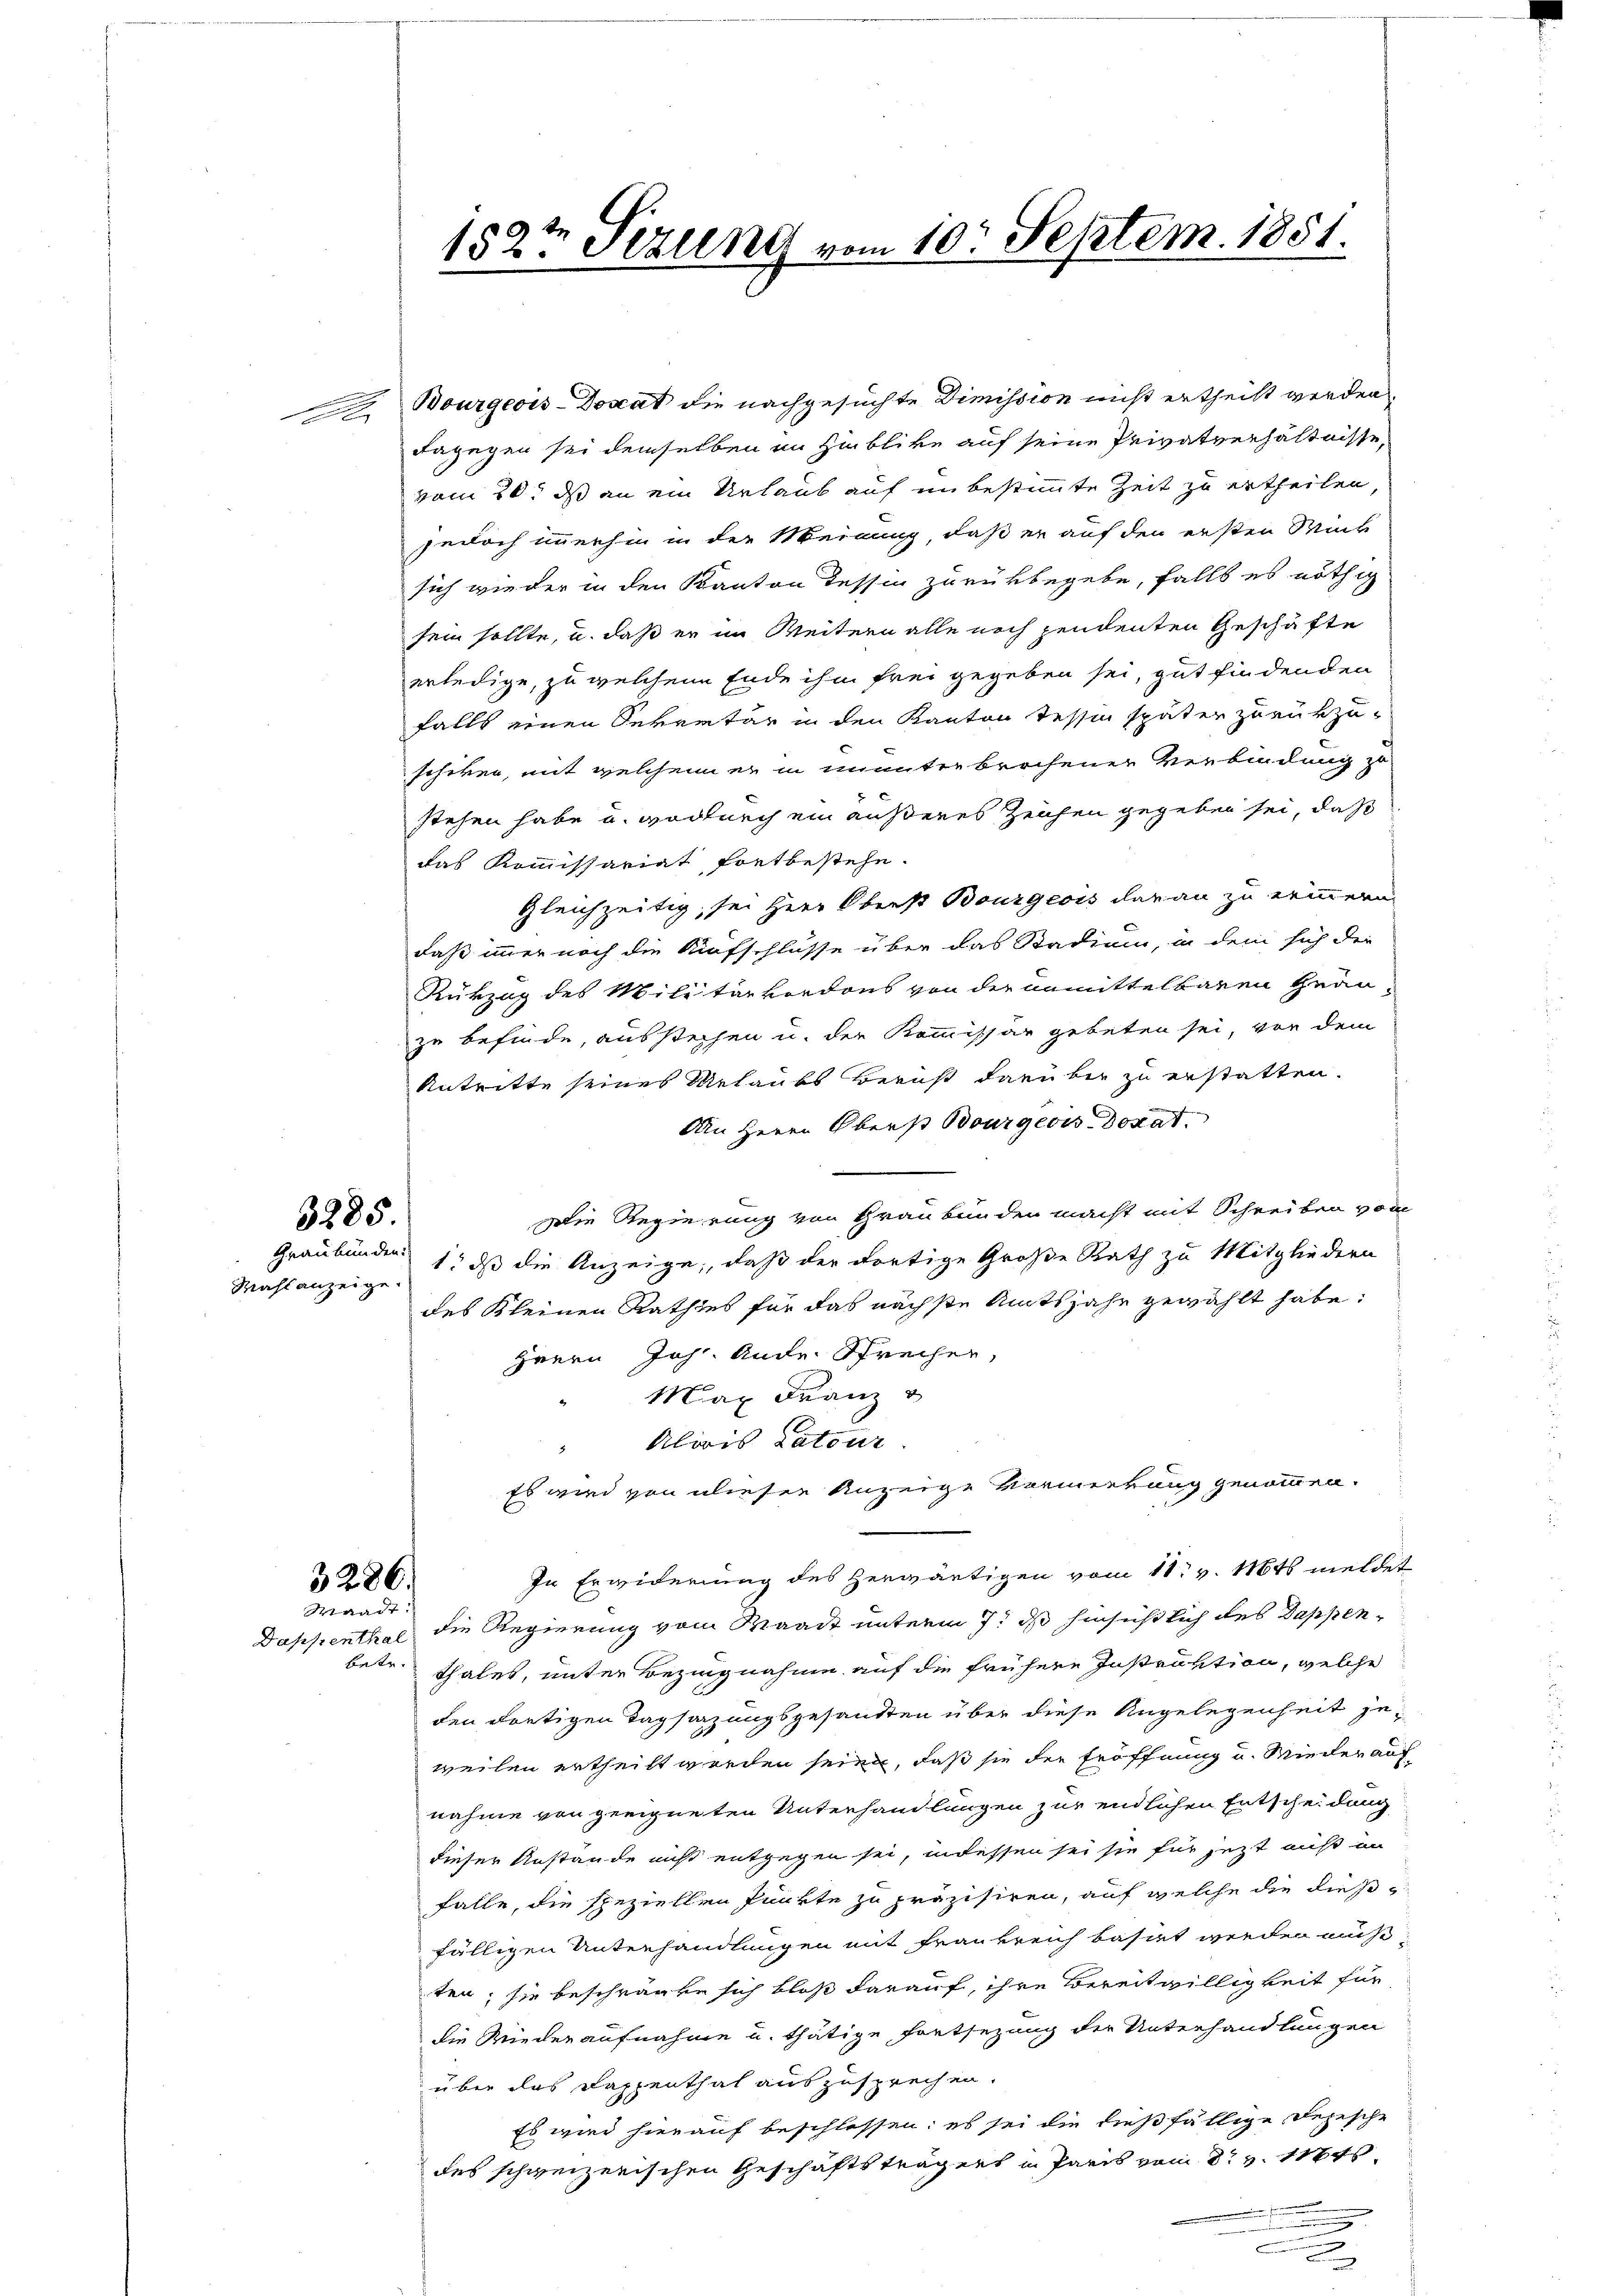
3285.
Mahl anzeige.

A Bourgeois Donat die nachgesuchte Dimission nicht ertheilt werden.
dagegen sei demselben in Hinblike auf seine Privatverhältnisse,
vom 20. ds an ein Urlaub auf unbestimmte Zeit zu ertheilen,
jedoch immerhin in der Meinung, daß er auf den ersten Wink
sich wieder in den Kanton dessen zurükbegebe, falls es nöthig
sein sollte, u. daß er im Weitern alle noch pendenten Geschäfte
erledige, zu welchem Ende ihm frei gegeben sei, gut findenden
falls einen Sekretär in den Kanton Tessin später zurükzu-
schwer, mit welchem er in ununterbrochener Verbindung z
stehen habe u. wodurch ein äußeres Zeichen gegeben sei, daß
das Kommissariat fortbestehe.
gleichzeitig, sei Herr Oberst Bourgeois daran zu erinnern
daß immer noch die Aufschlüsse über das Stadium, in dem sich der
Rükzug des Militärkordons von der unmittelbaren Grau-
zu befinde, ausstechen u. der Kommissär gebeten sei, vor dem
Antritte seines Urlaubs Bericht darüber zu erstatten.
An Herrn Obers Bourgeois Donat.
Die Regierung von Graubünden macht mit Schreiben von
Graubünden 1, daß die Anzeige, daß der dortige Große Rath zu Mitgliedern
des Kleinen Rathes für das nächste Amtsjahr gewählt habe:
zeern Joh. Ande Sprecher,
" Max Franz u
Alois Latour
2
Es wird von dieser Anzeige Vormerkung genommen.
In Erwiderung des herwärtigen vom 11t v. 116ts meldet
3286.
Waadt:
Dappenthal die Regierung vom Waadt unterm 7. ds hinsichtlich des Dappenbetr.
thales, unter Bezingnahme auf die frühere Instruktion, welche
den dortigen Tagsazungsgesandten über diese Angelegenheit jeweilen ertheilt worden seien, daß sie der Eröffnung und Wieder auf
nahme von geeigneten Unterhandlungen zur endlichen Entscheidung
dieser Anstände nicht entgegen sei, indessen sei sie für jezt nicht im
falle, die speziellen Punkte zu präzisiren, auf welche die dießfälligen Unterhandlungen mit Frankreich basirt werden muß
ten; sie beschränke sich bloß darauf, ihre Bereitwilligkeit für
die Wiederaufnahme u. thätige Fortsezung der Unterhandlungen
über das Dappenthal auszusprechen.
Es wird hierauf beschlossen: es sei die dießfällige Depesche
des schweizerischen Geschäftsträgers in Paris vom 8t v. 11845
.
g

182 Sezung vom 10. Septem. 1851.